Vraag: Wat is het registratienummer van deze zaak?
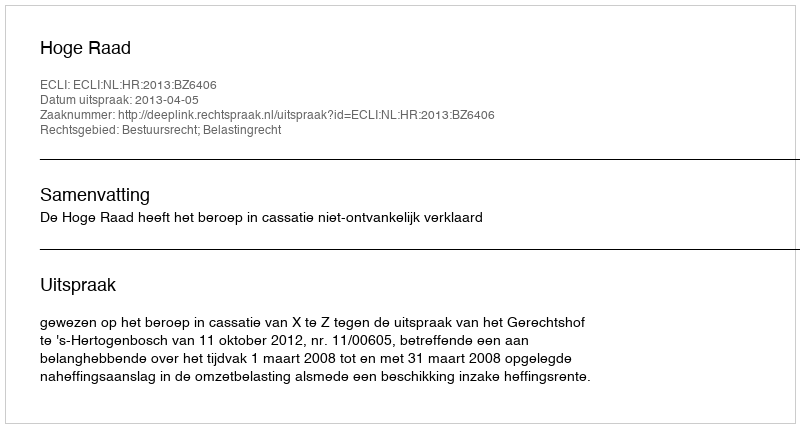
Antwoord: http://deeplink.rechtspraak.nl/uitspraak?id=ECLI:NL:HR:2013:BZ6406